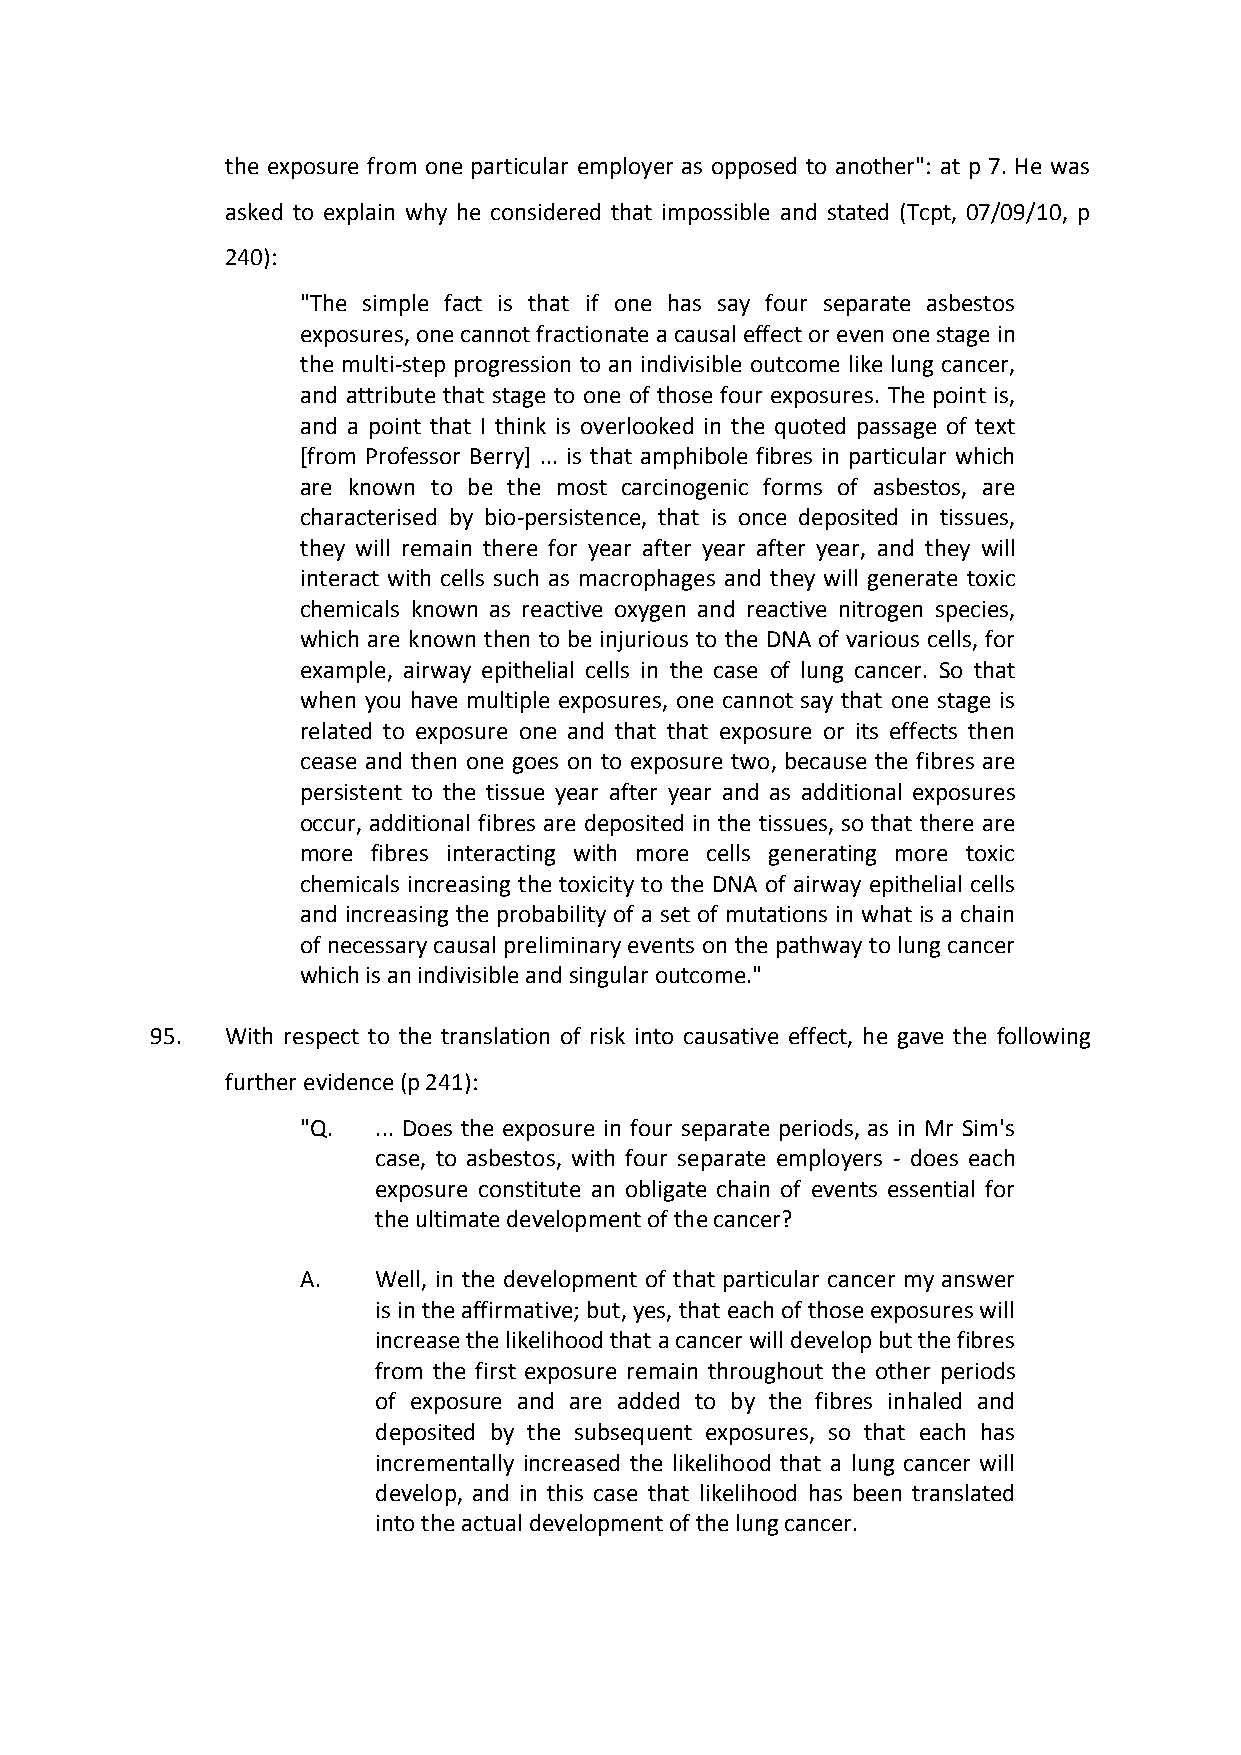
the exposure from one particular employer as opposed to another": at p 7. He was
 asked to explain why he considered that impossible and stated (Tcpt, 07/09/10, p
 240):
 "The simple fact is that if one has say four separate asbestos
 exposures, one cannot fractionate a causal effect or even one stage in
 the multi-step progression to an indivisible outcome like lung cancer,
 and attribute that stage to one of those four exposures. The point is,
 and a point that I think is overlooked in the quoted passage of text
 [from Professor Berry] ... is that amphibole fibres in particular which
 are known to be the most carcinogenic forms of asbestos, are
 characterised by bio-persistence, that is once deposited in tissues,
 they will remain there for year after year after year, and they will
 interact with cells such as macrophages and they will generate toxic
 chemicals known as reactive oxygen and reactive nitrogen species,
 which are known then to be injurious to the DNA of various cells, for
 example, airway epithelial cells in the case of lung cancer. So that
 when you have multiple exposures, one cannot say that one stage is
 related to exposure one and that that exposure or its effects then
 cease and then one goes on to exposure two, because the fibres are
 persistent to the tissue year after year and as additional exposures
 occur, additional fibres are deposited in the tissues, so that there are
 more fibres interacting with more cells generating more toxic
 chemicals increasing the toxicity to the DNA of airway epithelial cells
 and increasing the probability of a set of mutations in what is a chain
 of necessary causal preliminary events on the pathway to lung cancer
 which is an indivisible and singular outcome."
 95.  With respect to the translation of risk into causative effect, he gave the following
 further evidence (p 241):
 "Q.  ... Does the exposure in four separate periods, as in Mr Sim's
 case, to asbestos, with four separate employers - does each
 exposure constitute an obligate chain of events essential for
 the ultimate development of the cancer?
 A.   Well, in the development of that particular cancer my answer
 is in the affirmative; but, yes, that each of those exposures will
 increase the likelihood that a cancer will develop but the fibres
 from the first exposure remain throughout the other periods
 of exposure and are added to by the fibres inhaled and
 deposited by the subsequent exposures, so that each has
 incrementally increased the likelihood that a lung cancer will
 develop, and in this case that likelihood has been translated
 into the actual development of the lung cancer.